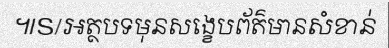
៕S/អត្ថបទមុនសង្ខេបព័ត៌មានសំខាន់